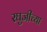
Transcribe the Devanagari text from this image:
रघुजीच्या